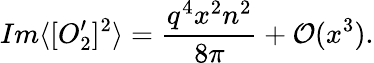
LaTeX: Im\langle[O_{2}^{\prime}]^{2}\rangle=\frac{q^{4}x^{2}n^{2}}{8\pi}+{\cal{O}}(x^{3}).